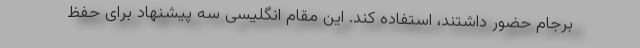
برجام حضور داشتند، استفاده کند. این مقام انگلیسی سه پیشنهاد برای حفظ